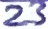
Text: 23